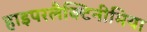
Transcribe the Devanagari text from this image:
हाइपरलैक्टिनीमिया